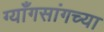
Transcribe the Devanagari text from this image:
ग्याँगसांगच्या